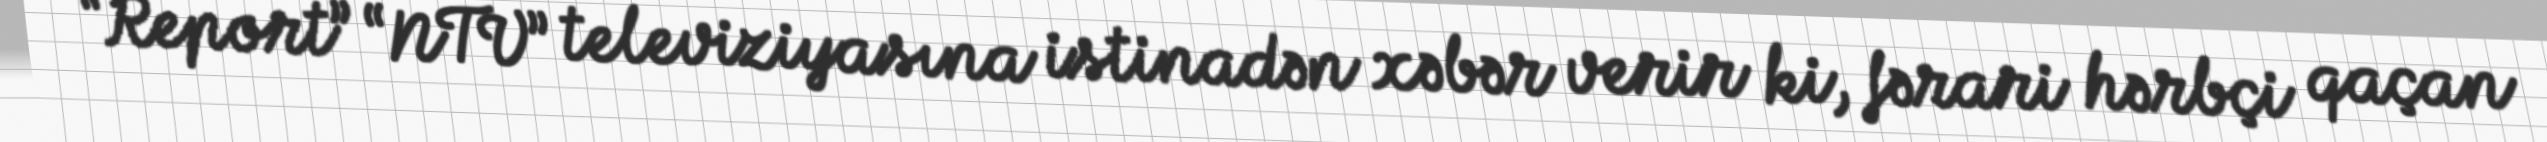
“Report” “NTV” televiziyasına istinadən xəbər verir ki, fərari hərbçi qaçan